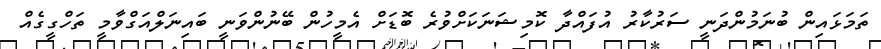
ތަމަޅައިން ބުނަމުންދަނީ ސަރުކާރު އުފައްދާ ކޮމިޝަނަކަށްވުރެ ބޮޑަށް އެމީހުން ބޭނުންވަނީ ބައިނަލްއަގްވާމީ ތަހްގީގެއް